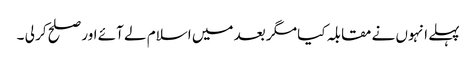
پہلے انہوں نے مقابلہ کیا مگر بعد میں اسلام لے آئے اور صلح کر لی ۔